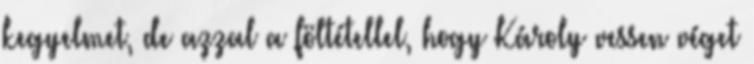
kegyelmet, de azzal a föltétellel, hogy Károly vessen véget